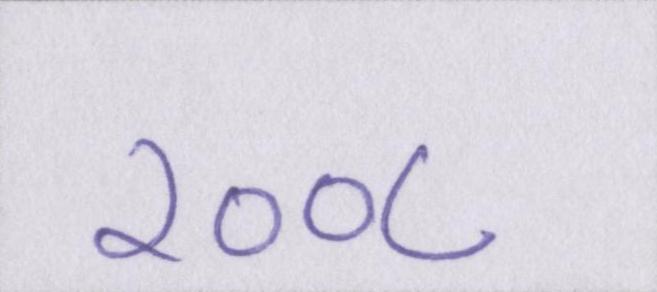
२००८